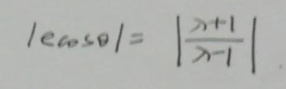
\[ |e\cos\theta| = \left|\frac{\lambda + 1}{\lambda - 1}\right| \]